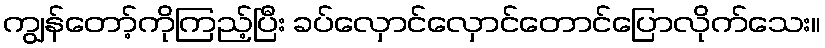
ကျွန်တော့်ကိုကြည့်ပြီး ခပ်လှောင်လှောင်တောင်ပြောလိုက်သေး။